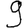
Digit: 9